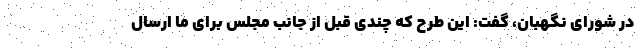
در شورای نگهبان، گفت: این طرح که چندی قبل از جانب مجلس برای ما ارسال